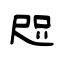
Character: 咫